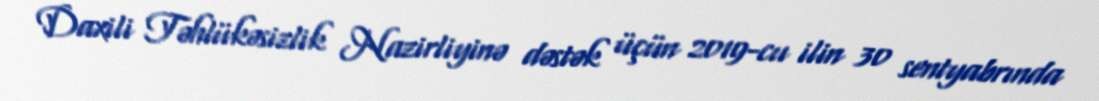
Daxili Təhlükəsizlik Nazirliyinə dəstək üçün 2019-cu ilin 30 sentyabrında